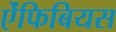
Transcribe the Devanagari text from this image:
ऐंफिबियस